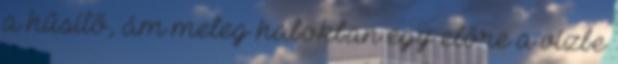
a hűsítő, ám meleg habokban egy előre a vízbe